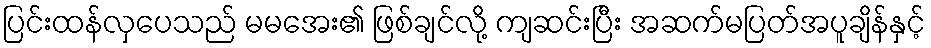
ပြင်းထန်လှပေသည် မမအေး၏ ဖြစ်ချင်လို့ ကျဆင်းပြီး အဆက်မပြတ်အပူချိန်နှင့်